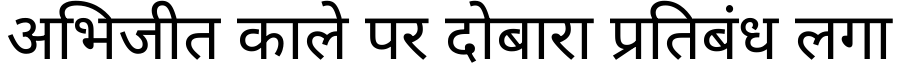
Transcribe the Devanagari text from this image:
अभिजीत काले पर दोबारा प्रतिबंध लगा